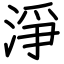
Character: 淨